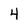
Character: 4